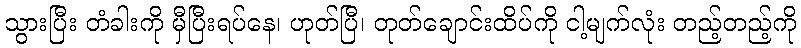
သွားပြီး တံခါးကို မှီပြီးရပ်နေ၊ ဟုတ်ပြီ၊ တုတ်ချောင်းထိပ်ကို ငါ့မျက်လုံး တည့်တည့်ကို